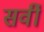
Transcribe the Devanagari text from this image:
सर्वी